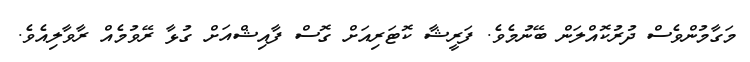
މަގާމުންވެސް ދުރުކޮއްލަން ބޭނުމެވެ. ފަރީޝާ ކޮޓަރިއަށް ގޮސް ފާއިޝްއަށް ގުޅާ ރޭވުމެއް ރާވާލިއެވެ.